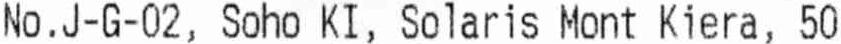
NO . J-G-02, SOHO KI, SOLARIS MONT KIERA, 50